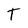
Character: T